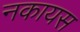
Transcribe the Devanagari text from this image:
नकायस